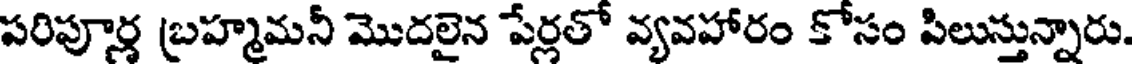
పరిపూర్ణ బ్రహ్మమనీ మొదలైన పేర్లతో వ్యవహారం కోసం పిలుస్తున్నారు.